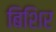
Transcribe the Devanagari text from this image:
बिशिर